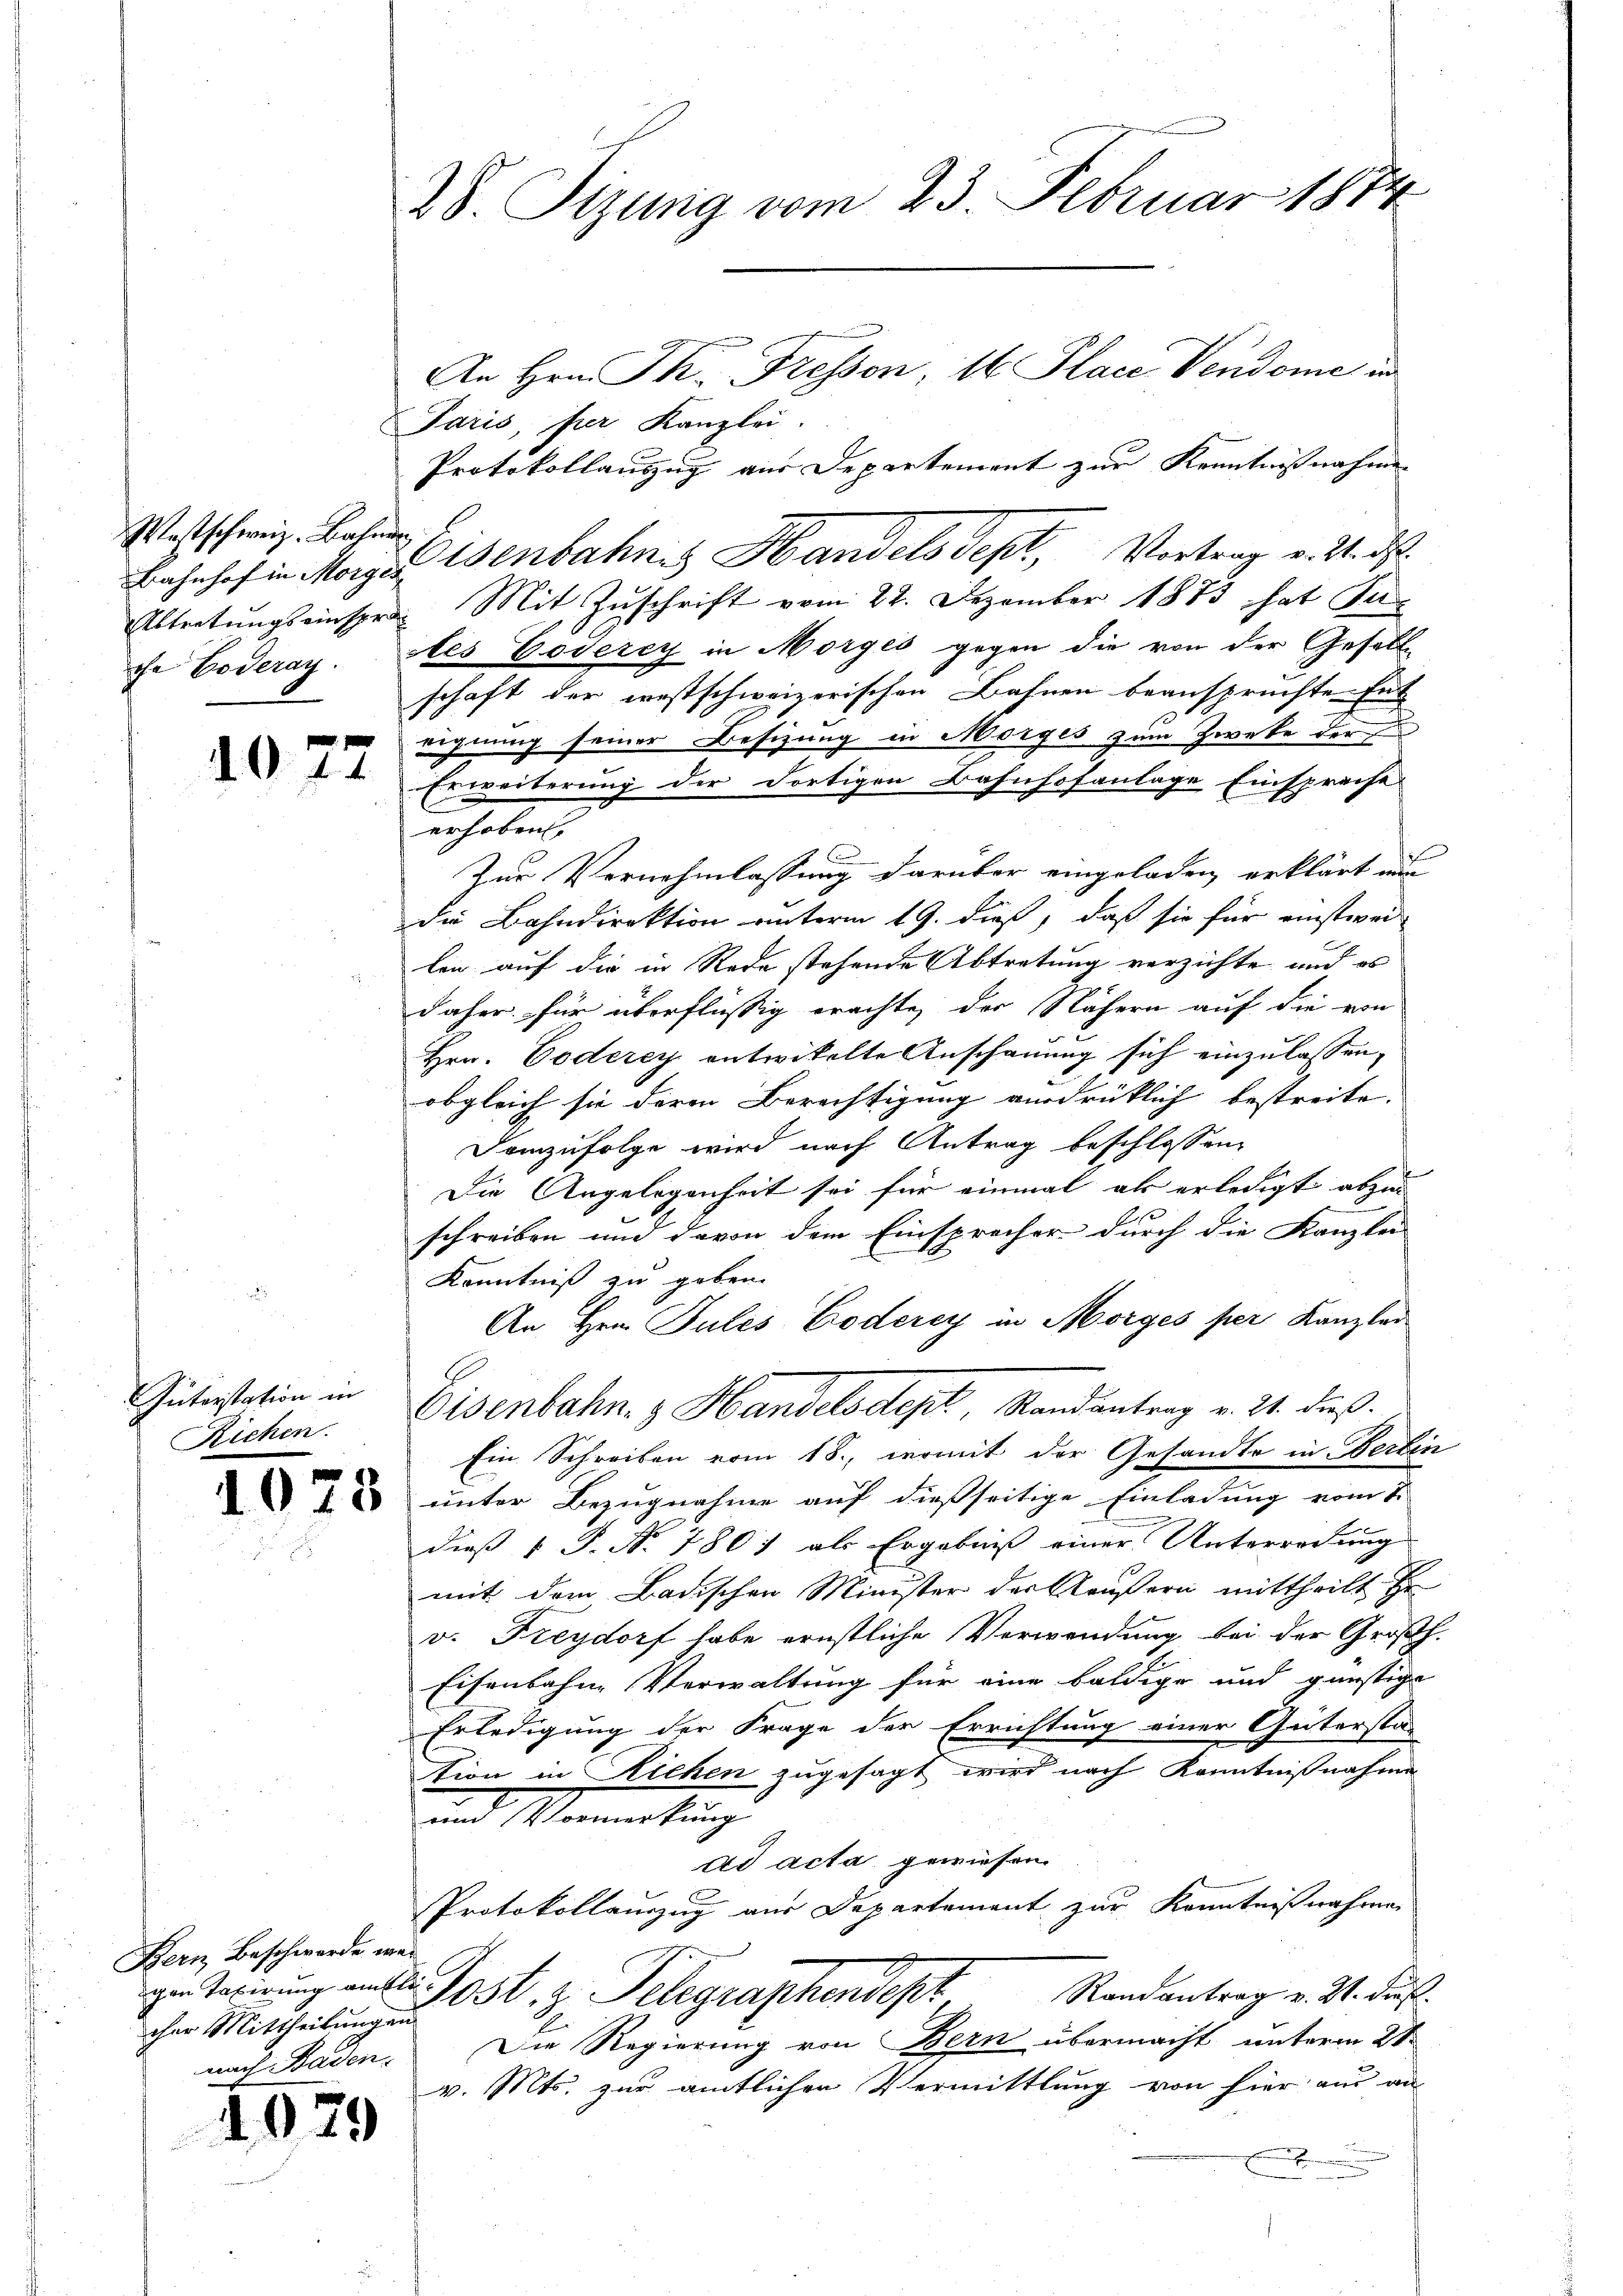
Westschweiz. Bahner,
Abtretungseinspr
che oderay

1077

Güterstation in
Richen.

1

078

Bern Beschwerde, was
cher Mittheilungen
nach Baden.

1079

28. Sizung vom 23. Februar 1874

An Hrn. Th. Fresson, 1 Place Vendome in
Paris, per Kanzlei.
Protokollauszug aus Departement zur Kenntnißnahme
Bahnhof in Morgen Jenbahnes Handels Sept, Vortrag v. 2. ds.
Mit Zuschrift vom 22. Dezember 1873 hat Jutes Goverey in Morges gegen die von der Gesell
schaft der westschweizerischen Bahnen beansprüchte Ent
eignung seiner Besizung in Morges zum Zweke der
Erweiterung der dortigen Bahnhofanlage Einsprache
erhoben,
Zur Vernehmlassung darüber eingeladen, erklärt und
die Bahndirektion unterm 19. dieß, daß sie für einstweilen auf die in Rede stehende Abtretung verzichte und es
daher für überflüssig erachte, der Nähern auf die von
Hrn. Poderey entwickelte Anschauung sich einzulassen,
obgleich sie deren Berechtigung ausdrücklich bestreite. |
Demzufolge wird nach Antrag beschlossen,
Die Angelegenheit sei für einmal als erledigt abzu
schreiben und davon dem Einsprecher durch die Kanzlei
Kenntniß zu geben.
An Hrn. Pules Coderey in Morges per Kanzler
Eisenbahn- & Handelsdept, Randantrag v. 24. dieß.
Ein Schreiben vom 18., womit der Gesandte in Bertin
unter Bezugnahme auf dießseitige Einladung vom 1.
dieß P. Nr. 780) als Ergebniß einer Unterredung
mit dem Badischen Minister der Käußern mittheilt zu
v. Freydorf habe ernstliche Verwendung bei der Großh.
Eisenbahne Verwaltung für eine baldige und günstige
Erledigung der Frage der Errichtung einer Güterstat
tion in Richen zugesagt wird nach Kenntnißnahme
und Vormietung
ad acta gewiesen.
Protokollauszug aus Departement zur Kenntnißnahme
ger Regierung amtl. Post. z. Telegraphendept Randantrag v. 21. Fuß.
Die Regierung von Bern übermacht unterm 2ten
v. Mts. zur amtlichen Vermittlung von hier aus an
a